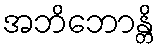
အဘိဘောန္တိ